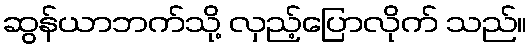
ဆွန်ယာဘက်သို့ လှည့်ပြောလိုက် သည်။